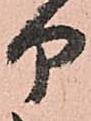
部